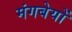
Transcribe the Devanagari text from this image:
मंगबेयों